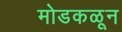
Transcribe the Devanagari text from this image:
मोडकळून